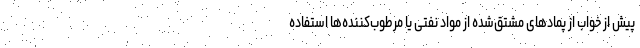
پیش از خواب از پمادهای مشتق‌شده از مواد نفتی یا مرطوب‌کننده‌ها استفاده